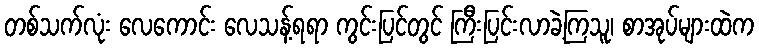
တစ်သက်လုံး လေကောင်း လေသန့်ရရာ ကွင်းပြင်တွင် ကြီးပြင်းလာခဲ့ကြသူ၊ စာအုပ်များထဲက